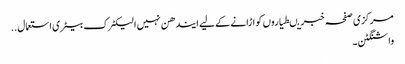
مرکزی صفحہ خبریںطیاروں کو اڑانے کے لیے ایندھن نہیں الیکٹرک بیٹری استعمال ..
واشنگٹن ۔